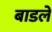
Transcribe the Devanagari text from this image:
बाडले